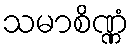
သမာစိဏ္ဏံ